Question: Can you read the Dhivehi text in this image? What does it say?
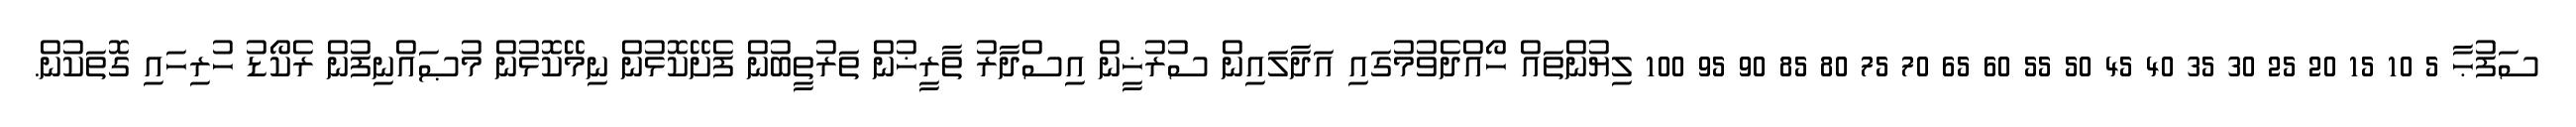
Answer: ސަފުޙާ 5 10 15 20 25 30 35 40 45 50 55 60 65 70 75 80 85 90 95 100 ލިޔުންތައް ހޯއްދެވުމުގައި އަދާލައިން ސުރުޚީން އިސްދާރު ތާރީޚުން ތަރުތީބުން ފެށޭކޮޅުން ނިމޭކޮޅުން މުޞައްނިފުން ރެކޯޑު ހުރިހައި ގޮތަކުން.